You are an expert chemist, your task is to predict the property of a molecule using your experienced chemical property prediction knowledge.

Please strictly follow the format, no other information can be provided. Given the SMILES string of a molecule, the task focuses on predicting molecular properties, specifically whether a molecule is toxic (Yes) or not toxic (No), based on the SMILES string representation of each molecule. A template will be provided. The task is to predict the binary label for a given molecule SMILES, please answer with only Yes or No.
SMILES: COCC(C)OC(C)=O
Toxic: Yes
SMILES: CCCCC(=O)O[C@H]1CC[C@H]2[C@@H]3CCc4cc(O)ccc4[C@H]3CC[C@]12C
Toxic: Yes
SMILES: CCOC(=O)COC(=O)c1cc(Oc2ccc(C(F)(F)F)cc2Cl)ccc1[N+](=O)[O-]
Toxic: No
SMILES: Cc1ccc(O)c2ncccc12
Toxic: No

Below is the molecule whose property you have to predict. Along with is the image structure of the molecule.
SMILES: CC[Sn](Br)(CC)CC
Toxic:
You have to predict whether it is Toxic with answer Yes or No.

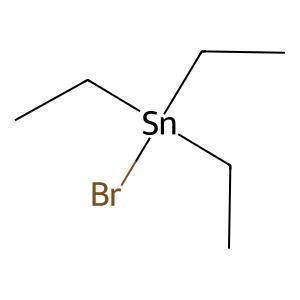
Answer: No